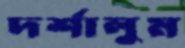
দর্শালুম